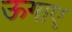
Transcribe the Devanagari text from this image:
ऊगाए